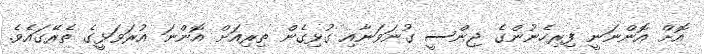
އޮށް އޮންނަނީ ފިރިހެނުންގެ ޖިންސީ ގުނަވަނާއި ގުޅިގެން ތިރިއަށް އޮންނަ އުރަވަޅީގެ ތެރޭގައެވެ.